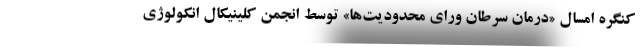
کنگره امسال «درمان سرطان ورای محدودیت‌ها» توسط انجمن کلینیکال انکولوژی